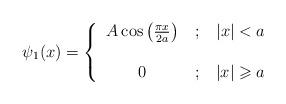
LaTeX: \begin{align*}\psi_{1}(x)=\left\{\begin{tabular}[c]{ccc}$A\cos\left( \frac{\pi x}{2a}\right) $ & $;$ & $\left\vert x\right\vert<a$\\& & \\$0$ & $;$ & $\left\vert x\right\vert \geqslant a$\end{tabular}\ \ \ \right.\end{align*}